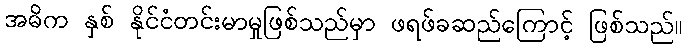
အဓိက နှစ် နိုင်ငံတင်းမာမှုဖြစ်သည်မှာ ဖရဖ်ခဆည်ကြောင့် ဖြစ်သည်။